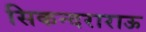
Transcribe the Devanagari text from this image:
सिकन्दराराऊ